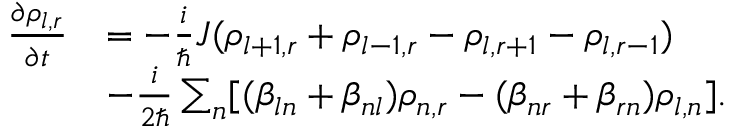
\begin{array} { r l } { \frac { \partial \rho _ { l , r } } { \partial t } } & { = - \frac { i } { \hbar } J ( \rho _ { l + 1 , r } + \rho _ { l - 1 , r } - \rho _ { l , r + 1 } - \rho _ { l , r - 1 } ) } \\ & { - \frac { i } { 2 \hbar } \sum _ { n } [ ( \beta _ { l n } + \beta _ { n l } ) \rho _ { n , r } - ( \beta _ { n r } + \beta _ { r n } ) \rho _ { l , n } ] . } \end{array}